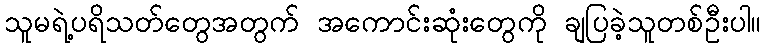
သူမရဲ့ပရိသတ်တွေအတွက် အကောင်းဆုံးတွေကို ချပြခဲ့သူတစ်ဦးပါ။